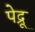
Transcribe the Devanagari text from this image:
पेद्रू